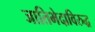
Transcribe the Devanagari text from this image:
जातिभेदाविरुद्ध